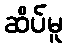
ဆိပ်မူ